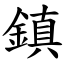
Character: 鎮